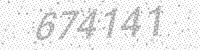
Solution: 674141